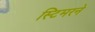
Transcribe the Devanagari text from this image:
स्टिमरने